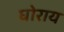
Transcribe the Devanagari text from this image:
घोराय